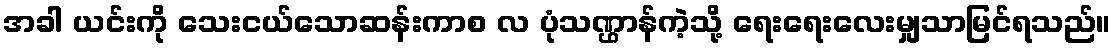
အခါ ယင်းကို သေးငယ်သောဆန်းကာစ လ ပုံသဏ္ဌာန်ကဲ့သို့ ရေးရေးလေးမျှသာမြင်ရသည်။